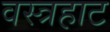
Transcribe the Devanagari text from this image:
वस्त्रहाट